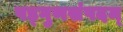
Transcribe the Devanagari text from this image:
षड्गुणसंपदम्‌